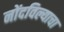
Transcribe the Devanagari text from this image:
नोंदविल्याचा